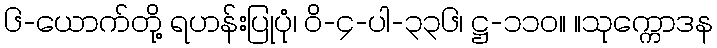
၆-ယောက်တို့ ရဟန်းပြုပုံ၊ ဝိ-၄-ပါ-၃၃၆၊ ဋ္ဌ-၁၁၀။ ။သုက္ကောဒန